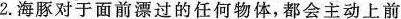
2. 海豚对于面前漂过的任何物体，都会主动上前